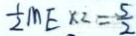
\frac { 1 } { 2 } M E \times 2 = \frac { 5 } { 2 }